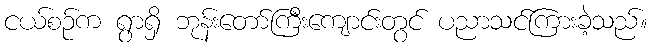
ငယ်စဉ်က ရွာရှိ ဘုန်းတော်ကြီးကျောင်းတွင် ပညာသင်ကြားခဲ့သည်။